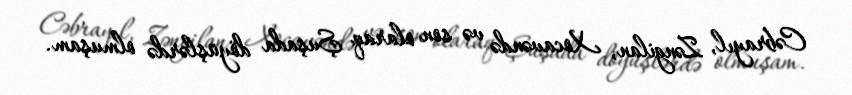
Cəbrayıl, Zəngilan, Xocavəndə və son olaraq Şuşada döyüşlərdə olmuşam.